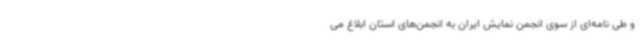
و طی نامه‌ای از سوی انجمن نمایش ایران به انجمن‌های استان ابلاغ می